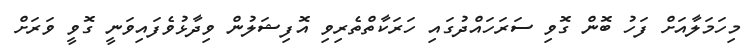
މިހަމަލާއަށް ފަހު ބޮން ގޮވި ސަރަހައްދުގައި ހަރަކާތްތެރިވި އޮފިޝަލުން ވިދާޅުވެފައިވަނީ ގޮވީ ވަރަށް